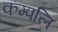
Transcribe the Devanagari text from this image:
कम्पलि